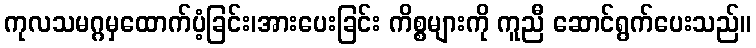
ကုလသမဂ္ဂမှထောက်ပံ့ခြင်း၊အားပေးခြင်း ကိစ္စများကို ကူညီ ဆောင်ရွက်ပေးသည်။